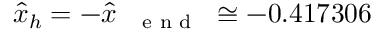
\hat { x } _ { h } = - \hat { x } _ { \mathrm { ~ { ~ \scriptsize ~ e ~ n ~ d ~ } ~ } } \cong - 0 . 4 1 7 3 0 6